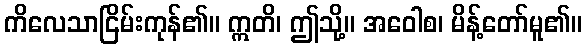
ကိလေသာငြိမ်းကုန်၏။ ဣတိ၊ ဤသို့။ အဝေါစ၊ မိန့်တော်မူ၏။